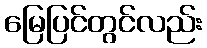
မြေပြင်တွင်လည်း